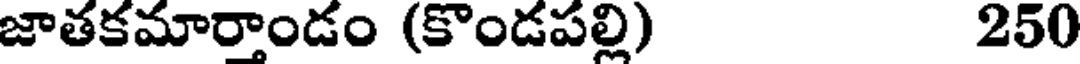
జాతకమార్తాండం (కొండపల్లి) 250